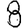
Digit: 8